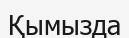
Қымызда